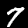
Label: 7